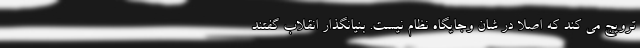
ترویج می کند که اصلا در شان وجایگاه نظام نیست. بنیانگذار انقلاب گفتند